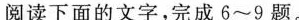
阅读下面的文字完成6~9题